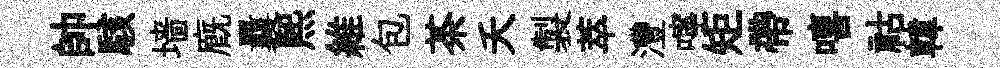
帥駭墙廐曩煕維包茶夭製萃灃嚀矩帶嘻祜韓